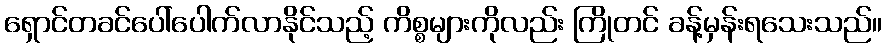
ရှောင်တခင်ပေါ်ပေါက်လာနိုင်သည့် ကိစ္စများကိုလည်း ကြိုတင် ခန့်မှန်းရသေးသည်။